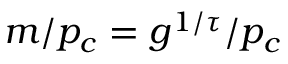
m / p _ { c } = g ^ { 1 / \tau } / p _ { c }